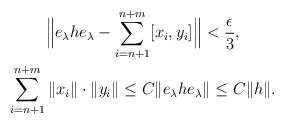
\begin{gather*}\Big\| e_{\lambda} h e_{\lambda} - \sum_{i=n+1}^{n+m} [x_i, y_i] \Big\| < \frac\epsilon {3},\\ \sum_{i=n+1}^{n+m} \| x_i \|\cdot \| y_i \| \leq C \| e_{\lambda} h e_{\lambda} \| \leq C \| h \|. \end{gather*}